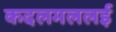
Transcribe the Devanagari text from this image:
कदलमललई